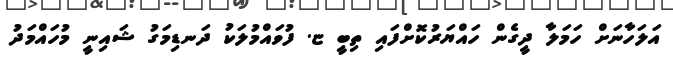
އަލަހާނަށް ހަމަލާ ދީގެން ހައްޔަރުކޮށްފައި ތިބިީ ޏ. ފުވައްމުލަކު ދަނޑިމަގު ޝައިނީ މުހައްމަދު